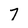
Character: 7